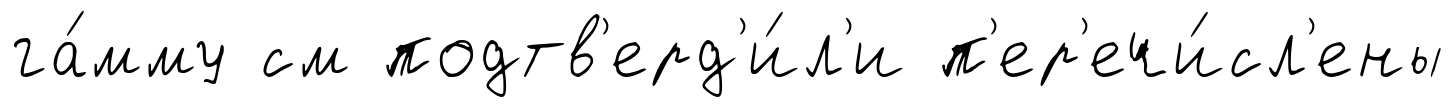
га́мму см подтв'ерд'и́л'и п'ер'ечи́сл'ены